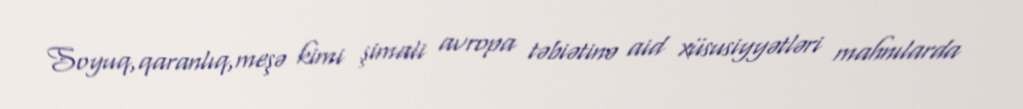
Soyuq,qaranlıq,meşə kimi şimali avropa təbiətinə aid xüsusiyyətləri mahnılarda